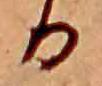
る